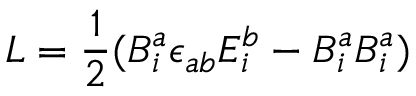
{ \cal L } = \frac { 1 } { 2 } ( B _ { i } ^ { a } \epsilon _ { a b } E _ { i } ^ { b } - B _ { i } ^ { a } B _ { i } ^ { a } )